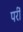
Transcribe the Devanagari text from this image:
परीं